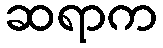
ဆရာက